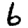
Digit: 6